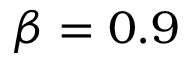
\beta = 0 . 9